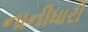
નાનીધારી